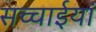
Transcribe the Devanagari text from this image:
सच्चाईयां